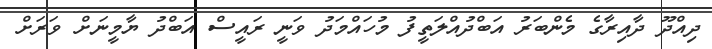
ދިއްދޫ ދާއިރާގެ މެންބަރު އަބްދުއްލަތީފު މުހައްމަދު ވަނީ ރައީސް އަބްދު ޔާމީނަށް ވަރަށް